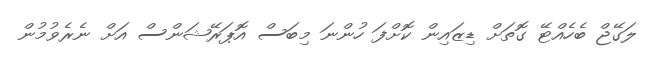
ލަގޭޖް ބެހެއްޓޭ ގޮތަށް ޑިޒައިން ކޮށްފަ ހުންނަ މިބަސް އޮޕަރޭޝަންސް އަށް ނެރެވުމުން